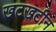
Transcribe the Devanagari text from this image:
खटखटीन